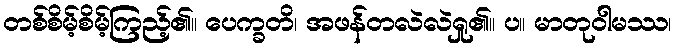
တစ်စိမ့်စိမ့်ကြည့်၏။ ပေက္ခတိ၊ အဖန်တလဲလဲရှု၏။ ပ။ မာတုဝါမဿ၊